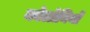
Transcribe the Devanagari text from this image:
कोलोनियों